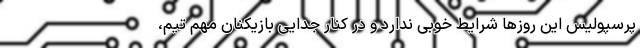
پرسپولیس این روزها شرایط خوبی ندارد و در کنار جدایی بازیکنان مهم تیم،